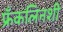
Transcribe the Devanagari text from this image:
फ्रँकलिनशी